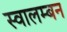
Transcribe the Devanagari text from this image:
स्वालम्बन